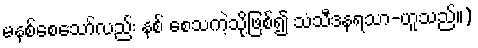
မနစ်စေသော်လည်း နစ် စေသကဲ့သို့ဖြစ်၍ သံသီဒနရသာ-ဟူသည်။)